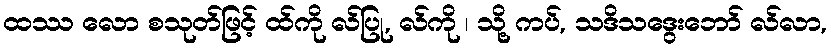
ထဿ လော စသုတ်ဖြင့် ထ်ကို လ်ပြု, လ်ကို ၊ သို့ ကပ်, သဒိသဒွေးဘော် လ်လာ,